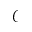
\mathcal { C }